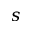
s